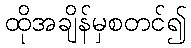
ထိုအချိန်မှစတင်၍